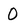
Character: 0